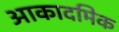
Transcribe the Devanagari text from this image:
आकादमिक